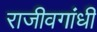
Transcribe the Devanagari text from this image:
राजीवगांधी